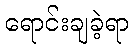
ရောင်းချခဲ့ရာ